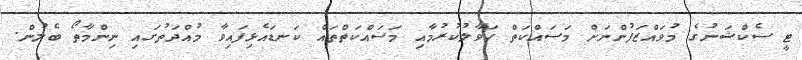
ޓީ ސެކްޝަނުގެ މުވައްޒަފުންނަށް މަސައްކަތް ހަވާލުކުރުމާއި މަސައްކަތްތައް ކަނޑައެޅިފައިވާ މުއްދަތުގައި ނިންމާތޯ ބެލުން.